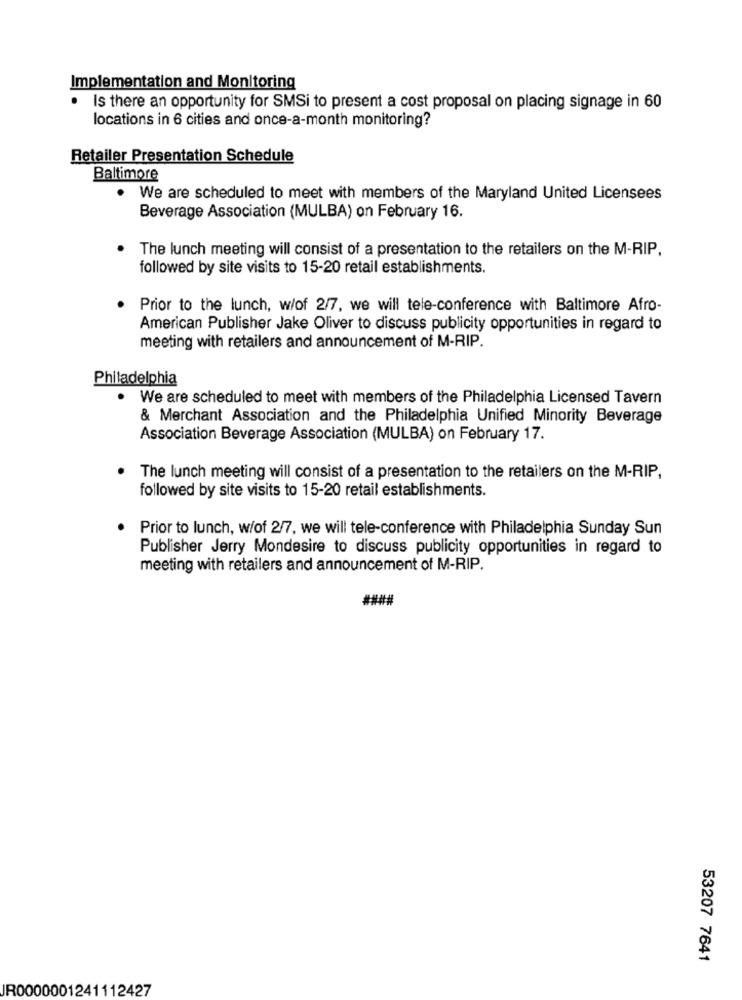
Implementation and Monitoring
Is there an opportunity for SMSi to present a cost proposal on placing signage in 60
locations in 6 cities and once-a-month monitoring?
Retailer Presentation Schedule
Baltimore
We are scheduled to meet with members of the Maryland United Licensees
Beverage Association (MULBA) on February 16.
The lunch meeting will consist of a presentation to the retailers on the M-RIP,
followed by site visits to 15-20 retail establishments.
Prior to the lunch, w/of 2/7, we will tele-conference with Baltimore Afro-
American Publisher Jake Oliver to discuss publicity opportunities in regard to
meeting with retailers and announcement of M-RIP.
Philadelphia
We are scheduled to meet with members of the Philadelphia Licensed Tavern
& Merchant Association and the Philadelphia Unified Minority Beverage
Association Beverage Association (MULBA) on February 17.
The lunch meeting will consist of a presentation to the retailers on the M-RIP,
followed by site visits to 15-20 retail establishments.
Prior to lunch, w/of 2/7, we will tele-conference with Philadelphia Sunday Sun
Publisher Jerry Mondesire to discuss publicity opportunities in regard to
meeting with retailers and announcement of M-RIP.
####
53207 7641
JR0000001241112427